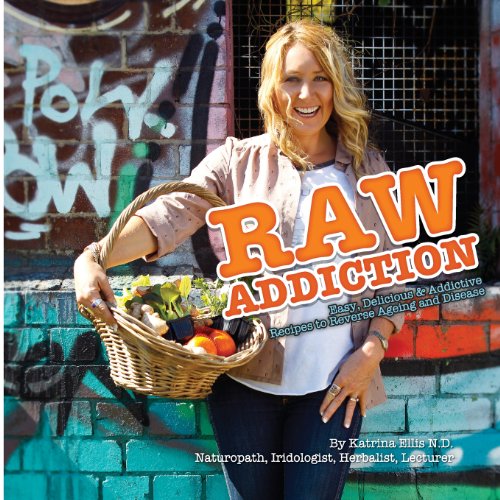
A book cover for Raw Addiction; Katrina Ellis; Cookbooks, Food & Wine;